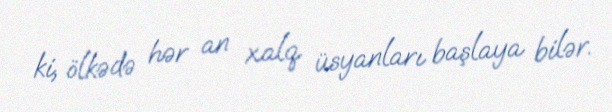
ki, ölkədə hər an xalq üsyanları başlaya bilər.